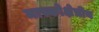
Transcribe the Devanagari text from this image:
मास्कोक्षेत्रीय